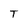
Character: T